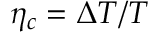
\eta _ { c } = \Delta T / T